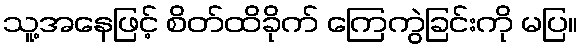
သူ့အနေဖြင့် စိတ်ထိခိုက် ကြေကွဲခြင်းကို မပြ။